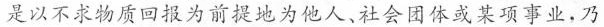
是以不求物质回报为前提速为他人，社会团体或某项事业，乃